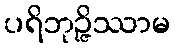
ပရိဘုဉ္ဇိဿာမ